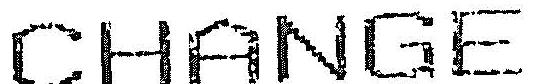
CHANGE